Lunatic asylums Madras 1877-1891 - 1877-1891
Year: 1877
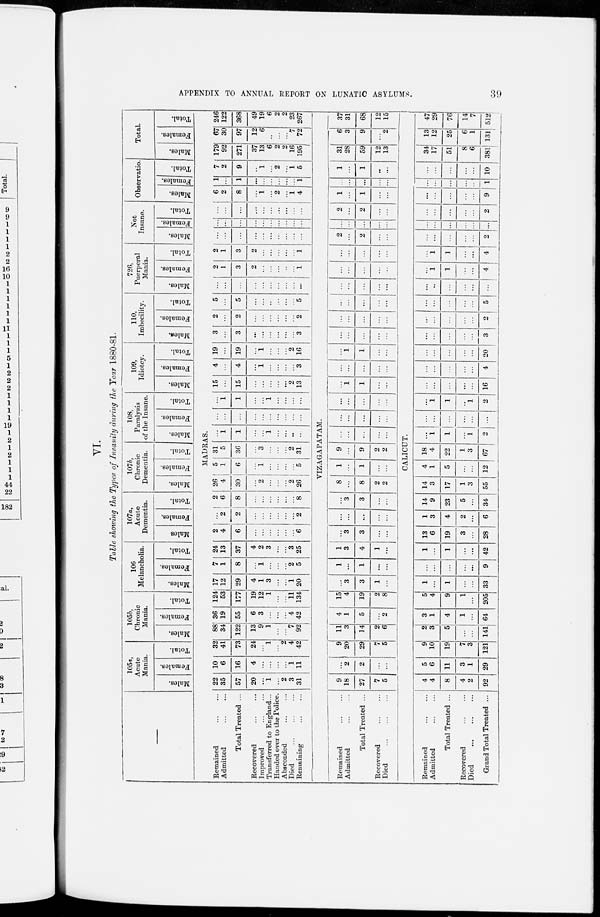
39
APPENDIX TO ANNUAL REPORT ON LUNATIC ASYLUMS.
VI.
Table showing the Times of Insanity during the Year 1880-81.
105a,
Acute
Mania.
Males.
Females.
Total.
105b,
Chronic
Mania.
Males.
Females.
Total.
106
Melancholia.
Males.
Females.
Total.
107a,
Acute
Dementia.
Males.
Females,
Total.
107b,
Chronic
Dementia.
Males.
Females.
Total.
108,
Paralysis
of the Insane.
Males.
Females.
Total.
109,
Idiotcy.
Males.
Females.
Total.
110,
Imbecility.
Males.
Females.
Total.
726,
Puerperal
Mania.
Males.
Females.
Total.
Not
Insane.
Males.
Females.
Total.
Observatio.
Males.
Females.
Total.
Total.
Males.
Females.
Total.
MADRAS.
Remained ... ...
Admitted ... ...
Total Treated ...
Recovered ... ...
Improved ... ...
Transferred to England ...
Handed over to the Police.
Absconded ... ...
Died
...
...
...
Remaining ... ...
22
35
57
20
...
1
...
2
3
31
10
6
16
4
...
...
...
...
1
11
32
41
73
24
...
1
...
2
4
42
88
34
122
13
9
1
...
...
7
92
36
19
55
6
3
...
...
...
4
42
124
53
177
19
12
1
...
...
11
134
17
12
29
4
1
3
...
...
1
20
7
1
8
...
1
...
...
...
2
5
24
13
37
4
2
3
...
...
3
25
2
4
6
...
...
...
...
...
...
6
...
2
2
...
...
...
...
...
...
2
2
6
|8
...
...
...
...
...
...
8
26
4
30
...
2
...
...
...
2
26
5
1
6
...
1
...
...
...
...
5
31
5
36
...
3
...
...
2
31
...
1
1
...
...
1
...
...
...
...
...
...
...
...
...
...
...
...
...
...
...
1
1
...
...
1
...
...
...
...
15
...
15
...
...
...
...
...
2
13
4
...
4
...
1
...
...
...
...
3
19
...
19
...
1
...
...
...
2
16
3
...
3
...
...
...
...
...
...
3
2
...
2
...
...
...
...
...
...
2
5
5
...
...
...
...
...
...
5
...
...
...
...
...
...
...
...
...
...
2
1
3
2
...
...
...
...
...
1
2
1
3
2
...
...
...
...
...
1
...
...
...
...
...
...
...
...
...
...
...
...
...
...
...
...
...
...
...
...
...
...
...
...
...
...
...
...
...
...
6
2
8
...
1
...
2
...
1
4
1
...
1
...
...
...
...
...
...
1
7
2
9
...
1
...
2
...
1
5
179
92
271
37
13
6
2
2
16
195
67
30
97
12
6
...
...
...
7
72
246
122
368
49
19
6
2
2
23
267
VIZAGAPATAM.
Remained ... ...
Admitted ... ...
Total Treated ...
Recovered ... ...
Died
...
...
...
9
18
27
7
5
...
2
2
...
...
9
20
29
7
5
11
3
14
2
6
4
1
5
...
2
15
4
19
2
8
...
3
3
1
...
1
...
1
...
...
1
3
4
1
...
...
3
3
...
...
...
...
...
...
...
...
3
3
...
...
8
...
8
2
2
1
...
1
...
...
9
...
9
2
2
...
...
...
...
...
...
...
...
...
...
...
...
...
...
...
...
1
1
...
...
...
...
...
...
...
...
1
1
...
...
...
...
...
...
...
...
...
...
...
...
...
...
...
...
...
...
...
...
...
...
...
...
...
...
...
...
...
...
...
...
2
...
2
...
...
...
...
...
...
...
2
...
2
...
...
1
...
1
...
...
...
...
...
...
...
1
...
1
...
...
31
28
59
12
13
6
3
9
....
2
37
31
68
12
15
CALICUT.
Remained ... ...
Admitted ... ...
Total Treated ...
Recovered ... ...
Died
...
...
...
Grand Total Treated ...
4
4
8
4
2
92
5
6
11
3
1
29
9
10
19
7
3
121
2
3
5
...
...
141
3
1
4
1
...
64
5
4
9
1
...
205
1
...
1
...
...
33
...
...
...
...
...
9
1
...
1
...
...
42
13
6
19
3
...
28
1
3
4
2
...
6
14
9
23
5
...
34
14
3
17
1
3
55
4
1
5
...
...
12
18
4
22
1
3
67
...
1
1
...
1
2
...
...
...
...
...
...
...
1
1
..
1
2
...
...
...
...
...
16
...
...
...
...
...
4
...
...
...
...
...
20
...
...
...
...
...
3
...
...
...
...
...
2
...
...
...
...
...
5
...
...
...
...
...
...
...
1
1
...
...
4
...
1
1
...
...
4
...
...
...
...
...
2
...
...
...
...
...
...
...
...
...
...
...
2
...
...
...
...
...
9
...
...
...
...
...
1
...
...
...
...
...
10
34
17
51
8
6
381
13
12
25
6
1
131
47
29
76
14
7
512